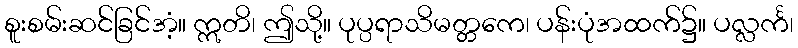
စူးစမ်းဆင်ခြင်အံ့။ ဣတိ၊ ဤသို့။ ပုပ္ပရာသိမတ္တကေ၊ ပန်းပုံအထက်၌။ ပလ္လင်္က၊